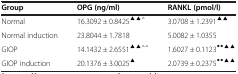
| Group | OPG (ng/ml) | RANKL (pmol/l) |
 | --- | --- | --- |
 | Normal | 16.3092 ± 0.8425▲▲△ | 3.0708 ± 1.2391▲▲ |
 | Normal induction | 23.8044 ± 1.7818 | 5.0082 ± 1.0355 |
 | GIOP | 14.1432 ± 2.6551▲▲△△ | 1.6027 ± 0.1123◆◆▲▲ |
 | GIOP induction | 20.1376 ± 3.0025▲ | 2.0739 ± 0.2375◆◆▲▲ |